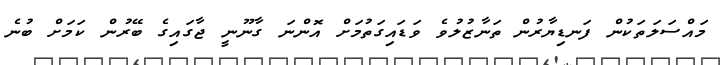
މައްސަލަތަކުން ފަނޑިޔާރުން ތަނާޒުލުވެ ވަޑައިގަތުމަށް އޮންނަ ގާނޫނީ ޖާގައިގެ ބޭރުން ކަމަށް ބުނެ